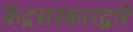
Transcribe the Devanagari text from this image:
केंद्रसरकारद्वारे